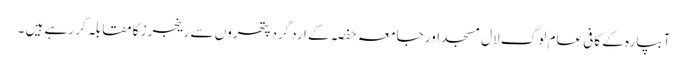
آبپارہ کے کافی عام لوگ لال مسجد اور جامعہ حفصہ کے اردگرد پتھروں سے رینجرز کا مقابلہ کر رہے ہیں ۔